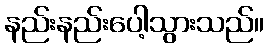
နည်းနည်းပေါ့သွားသည်။